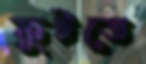
ফুটতে